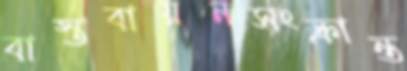
বাস্তবায়নসংক্রান্ত